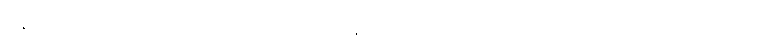
ဝိနည်းကို ဆောင်သည်။ ဟောတိ၊ ဖြစ်သနည်း။ အာပတ္တိံ၊ အာပတ်သင့်သည်ကို။ အာပတ္တီတိ၊